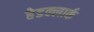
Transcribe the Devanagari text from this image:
हेडक्लार्क